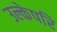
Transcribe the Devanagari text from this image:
उल्केपरि